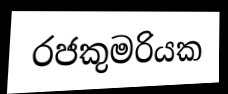
රජකුමරියක